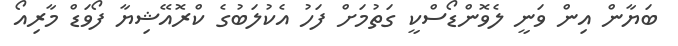
ބަޔާން އިން ވަނީ ލެވޮންޑޯސްކީ ގަތުމަށް ފަހު އެކުލަބުގެ ކްރޮއޭޝިޔާ ފޯވަޑް މާރިއޯ